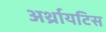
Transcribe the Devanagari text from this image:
अर्थ्रायटिस